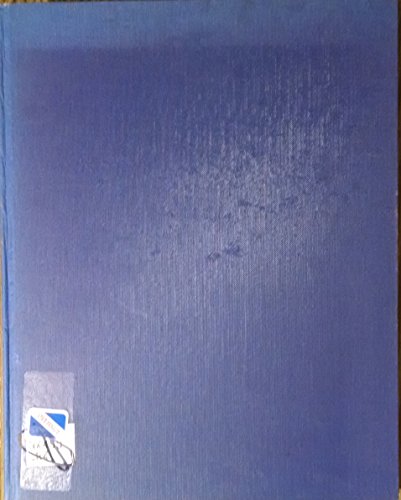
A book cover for Cybernetic Serendipity: The Computer and the Arts; Computers & Technology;